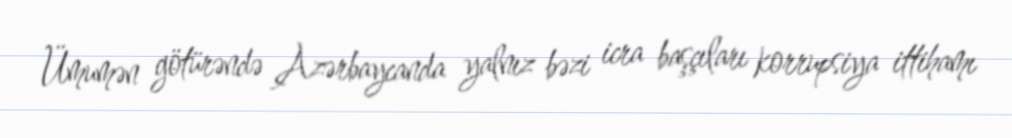
Ümumən götürəndə Azərbaycanda yalnız bəzi icra başçıları korrupsiya ittihamı